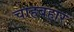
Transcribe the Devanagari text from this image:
चाहबहार